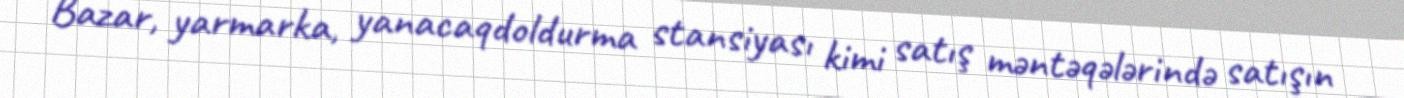
Bazar, yarmarka, yanacaqdoldurma stansiyası kimi satış məntəqələrində satışın